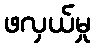
ဖလှယ်မှု